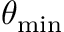
\theta _ { \mathrm { m i n } }